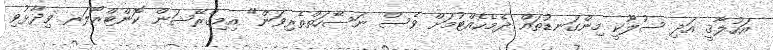
އަހުލާޤީ އަދި ސުލޫކީ މިންގަނޑުތައް ދެމެހެއްޓުމަށް ވެސް ނަސޭހަތްތެރިވަން" އިމިގްރޭޝަން ކޮންޓްރޯލަރ ވިދާޅުވި